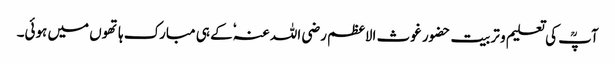
آپؒ کی تعلیم و تربیت حضور غوث الاعظم رضی اللہ عنہٗ کے ہی مبارک ہاتھوں میں ہوئی۔